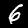
Label: 6